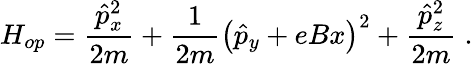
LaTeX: H_{op}=\frac{\hat{p}_{x}^{2}}{2m}+\frac{1}{2m}\left(\hat{p}_{y}+eBx\right)^{2}+\frac{\hat{p}_{z}^{2}}{2m}\; .